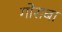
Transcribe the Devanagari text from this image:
गोराबा